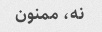
نه، ممنون